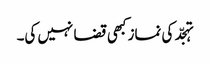
تہجّد کی نماز کبھی قضا نہیں کی۔